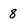
Character: 8